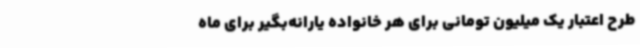
طرح اعتبار یک میلیون تومانی برای هر خانواده یارانه‌بگیر برای ماه